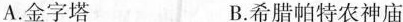
A.金字塔 B.希腊帕特农神庙